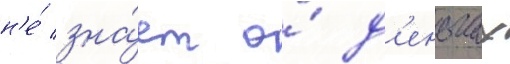
н'е́ зна́ет о́ д'еньгах